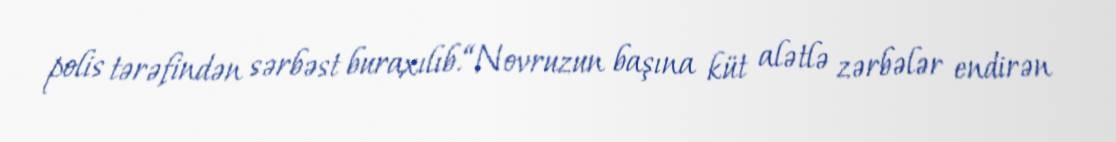
polis tərəfindən sərbəst buraxılıb.“Novruzun başına küt alətlə zərbələr endirən